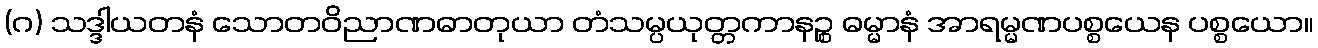
(ဂ) သဒ္ဒါယတနံ သောတဝိညာဏဓာတုယာ တံသမ္ပယုတ္တကာနဉ္စ ဓမ္မာနံ အာရမ္မဏပစ္စယေန ပစ္စယော။